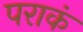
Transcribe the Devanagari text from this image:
पराकं